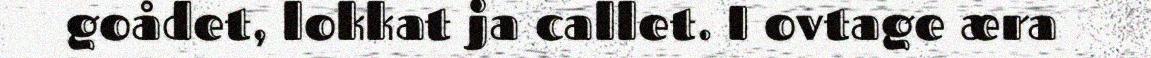
goådet, lokkat ja callet. I ovtage æra